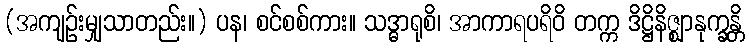
(အကျဉ်းမျှသာတည်း။) ပန၊ စင်စစ်ကား။ သဒ္ဓာရုစိ၊ အာကာရပရိဝိ တက္က ဒိဋ္ဌိနိဇ္ဈာနုက္ခန္တိ